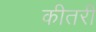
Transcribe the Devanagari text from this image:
कीतरी